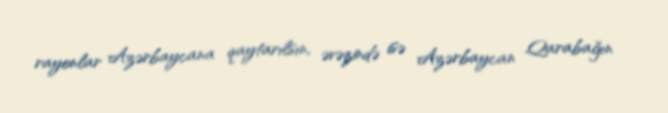
rayonlar Azərbaycana qaytarılsın, əvəzində isə Azərbaycan Qarabağın